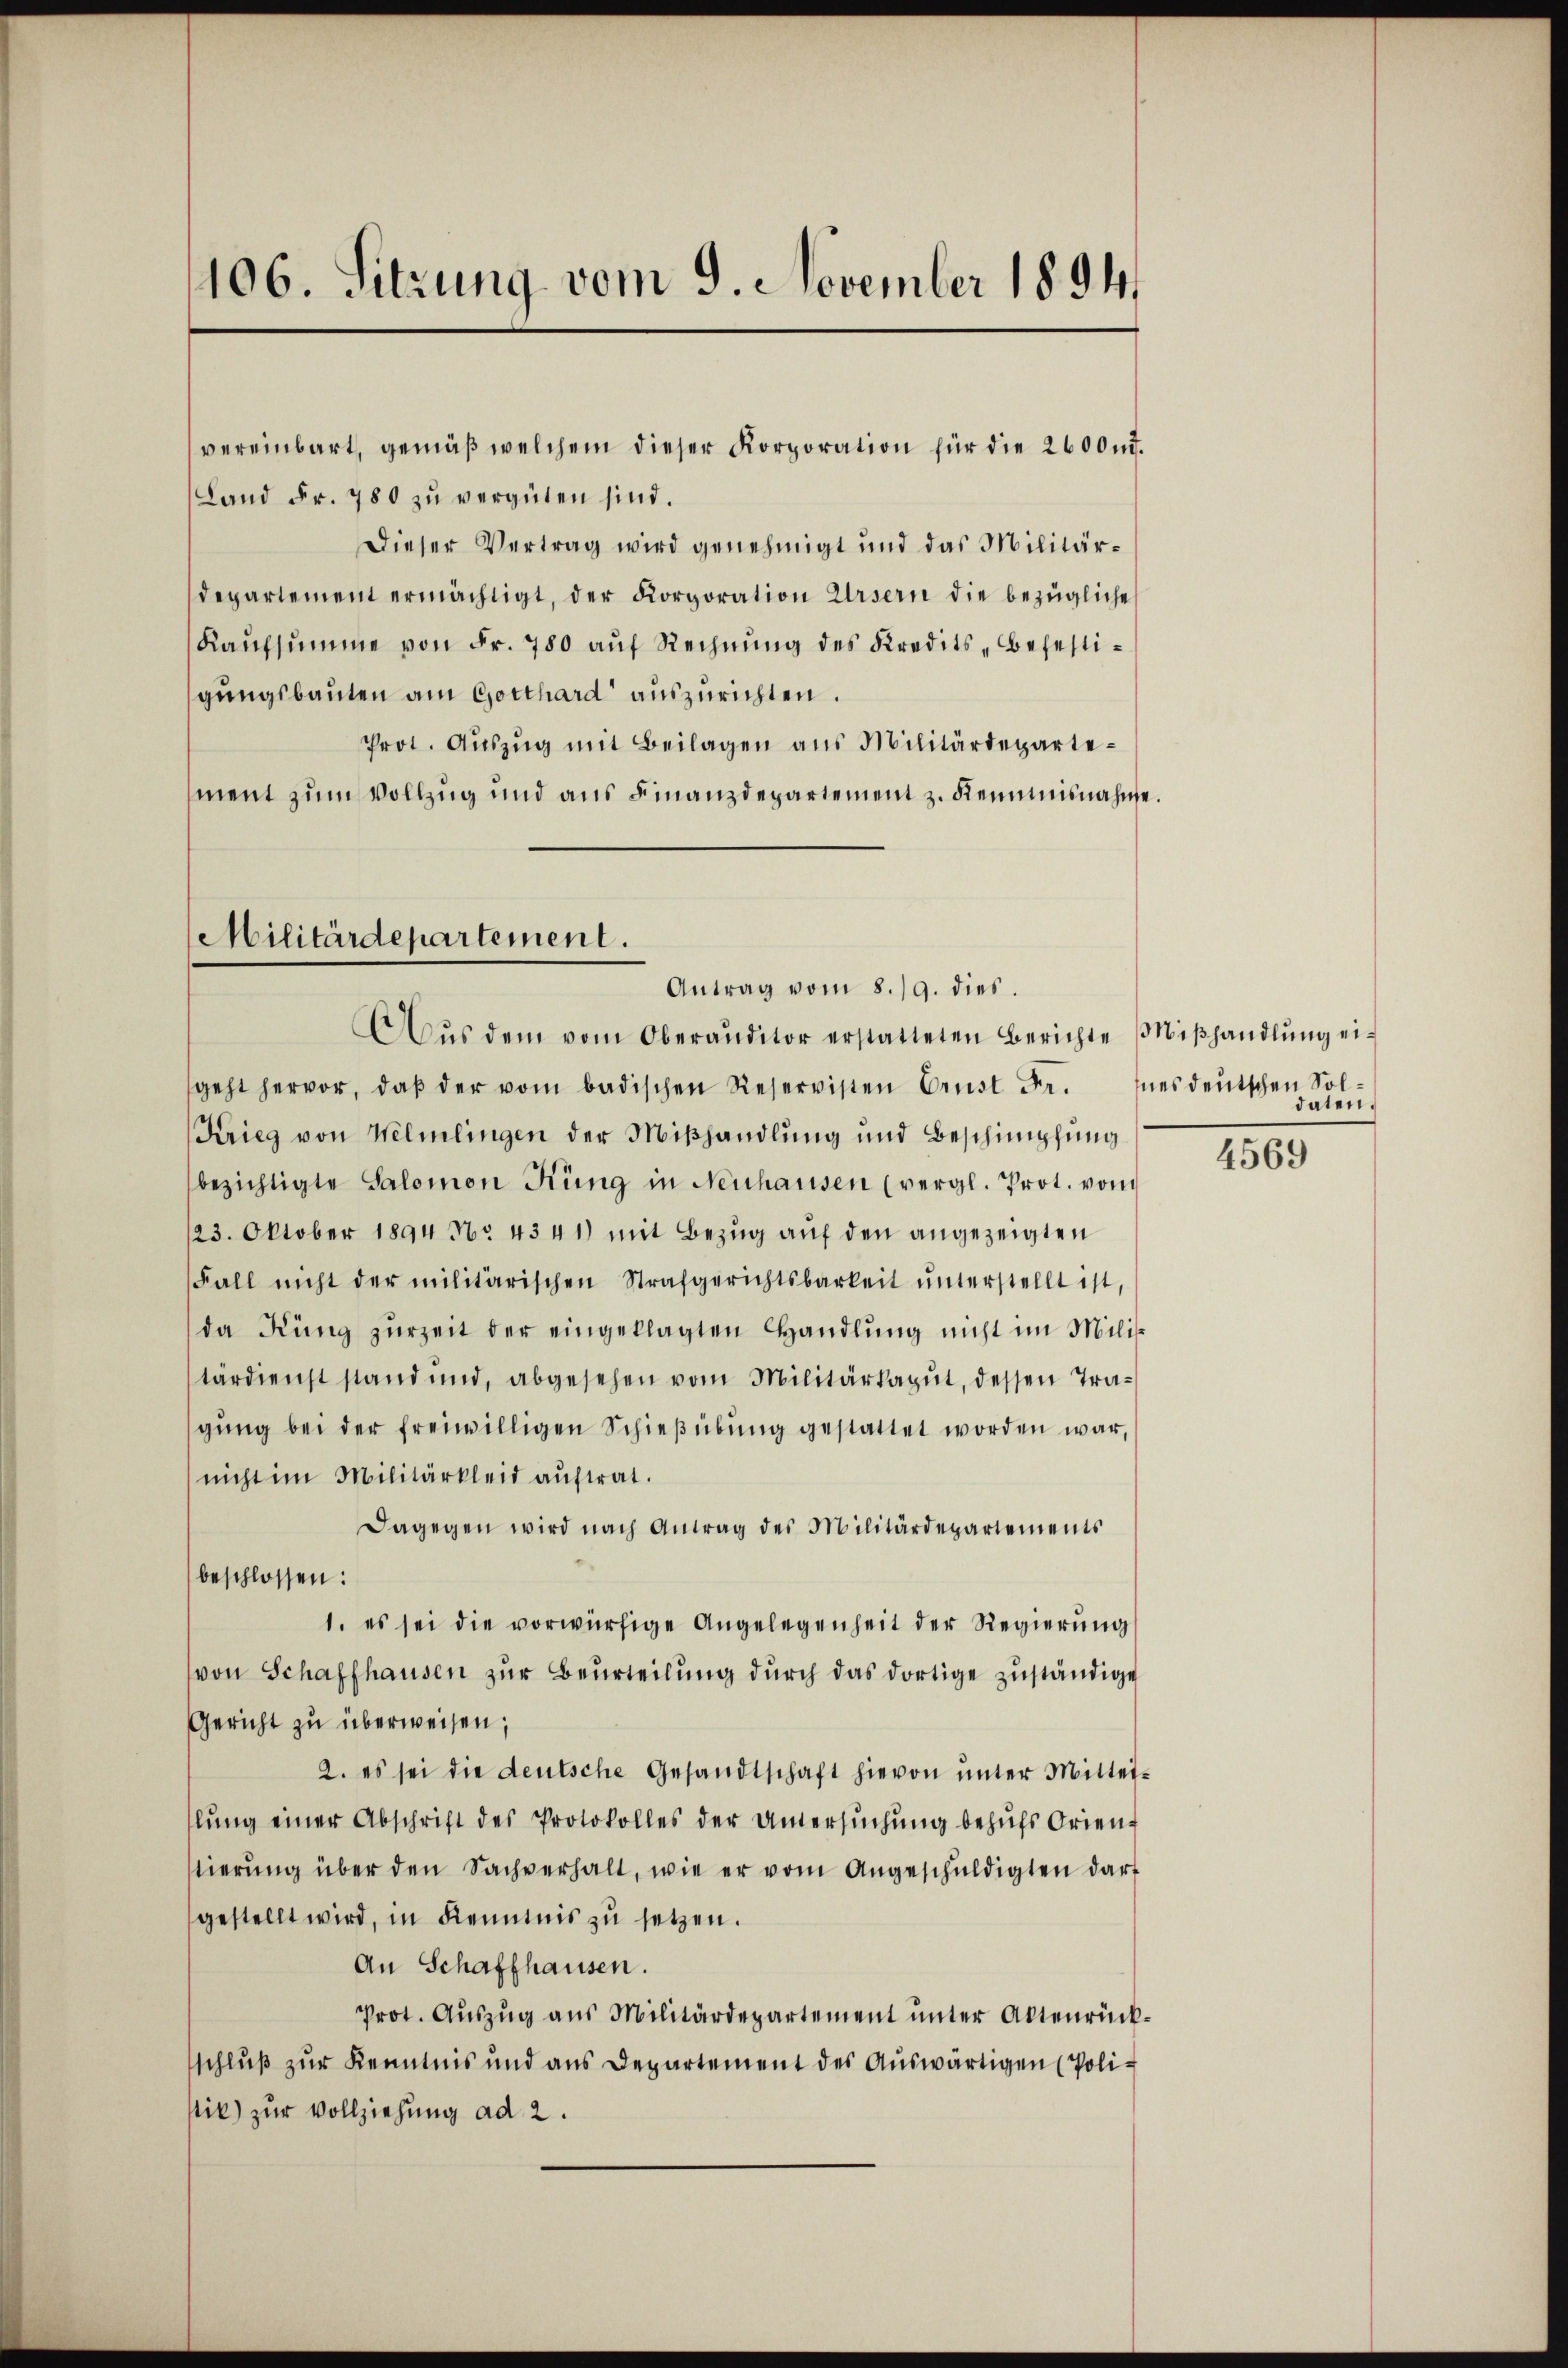
106. Sitzung vom 9. November 1894.

vereinbart, gemäß welchem dieser Korporation für die 2600 n.
Land Fr. 780 zŭ vergüten sind.
Dieser Vertrag wird genehmigt und das Militärdepartement ermächtigt, der Korporation Ursern die bezügliche
Kaŭfsŭmme von Fr. 780 aŭf Rechnŭng des Kredits-Befestigungsbauten am Gotthard auszurichten.
Prot. Aŭszŭg mit Beilagen aus Militärdepartement zum Vollzug und aus Finanzdepartement z. Remmnisnahme.

Militärdepartement.
Antrag vom 8./9. dies.

Aŭs dem vom Oberauditor erstatteten Berichte Miβhandlŭng ei-
geht hervor, daβ der vom badischen Reservisten Ernst Fr.
Krieg von Welmlingen der Mißhandlung und Beschimpfung
bezichtigte Salomon Küng in Neuhausen (vergl. Prot. vom
123. Oktober 1894 No 4341) mit Bezug auf den angezeigten
Fall nicht der militärischen Strafgerichtsbarkeit ŭnterstellt ist,
da Küng zŭrzeit der eingeklagten Handlŭng nicht im Militärdienst stand und, abgesehen vom Militärkagut, dessen Tragŭng bei der freiwilligen Schieβübŭng gestattet worden war,
nicht im Militärkleid aŭftrat.
Dagegen wird nach Antrag des Militärdepartements
beschlossen:
1. es sei die vorwürfige Angelegenheit der Regierŭng
von Schaffhausen zur Beurteilung durch das dortige zuständige
Gericht zu überweisen,
2. es sei die deutsche Gesandtschaft hievon ŭnter Mittei-
lŭng einer Abschrift des Protokolles der Untersŭchŭng behŭfs Orien-
stierŭng über den Sachverhalt, wie er vom Angeschŭldigten darf
gestellt wird, in Kenntnis zŭ setzen.
An Schaffhausen.
Prot. Aŭszŭg ans Militärdepartement ŭnter Altenrückschluß zur Kenntnis und aus Departement des Auswärtigen (Polistik) zur Vollziehung ad 2.

nes deutschen Soldaten.

4569